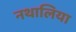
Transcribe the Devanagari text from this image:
नथालिया